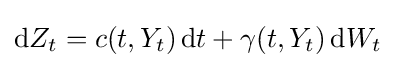
\mathrm {d} Z_{t}=c(t,Y_{t})\,\mathrm {d} t+\gamma (t,Y_{t})\,\mathrm {d} W_{t}